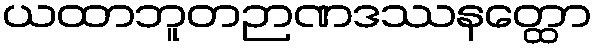
ယထာဘူတဉာဏဒဿနတ္ထော